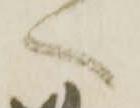
へ